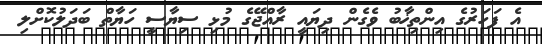
އެ ފަހަރުގެ އިންތިޚާބު ވެގެން ދިޔައީ ރާއްޖޭގެ މުޅި ސިޔާސީ ހަޔާތް ބަދަލުކޮށްލި